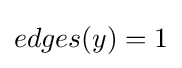
edges(y)=1